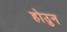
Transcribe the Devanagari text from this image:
होउुन